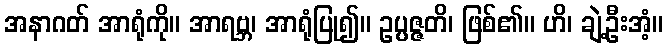
အနာဂတ် အာရုံကို။ အာရဗ္ဘ၊ အာရုံပြု၍။ ဥပ္ပဇ္ဇတိ၊ ဖြစ်၏။ ဟိ၊ ချဲ့ဦးအံ့။